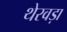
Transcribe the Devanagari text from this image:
थेरवड़ा